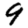
Digit: 9